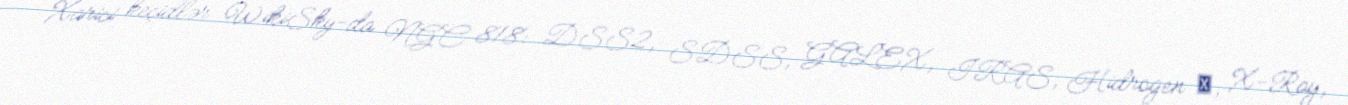
Xarici keçidlər WikiSky-da NGC 818: DSS2, SDSS, GALEX, IRAS, Hidrogen α, X-Ray,